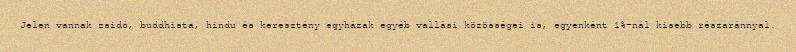
Jelen vannak zsidó, buddhista, hindu és keresztény egyházak egyéb vallási közösségei is, egyenként 1%-nál kisebb részaránnyal.